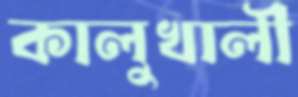
কালুখালী